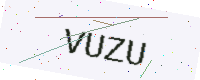
Text: VUZU